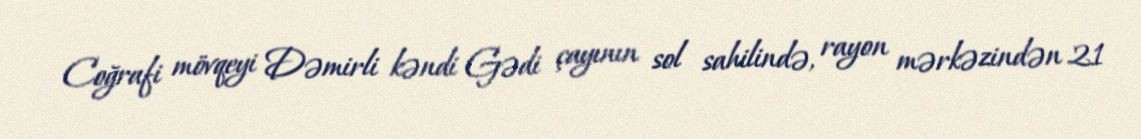
Coğrafi mövqeyi Dəmirli kəndi Gədi çayının sol sahilində, rayon mərkəzindən 21